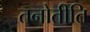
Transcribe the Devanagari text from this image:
तनोतीति